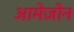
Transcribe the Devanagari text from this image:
आमेज़ोन